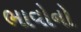
ભાવોનો